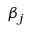
\beta _ { j }